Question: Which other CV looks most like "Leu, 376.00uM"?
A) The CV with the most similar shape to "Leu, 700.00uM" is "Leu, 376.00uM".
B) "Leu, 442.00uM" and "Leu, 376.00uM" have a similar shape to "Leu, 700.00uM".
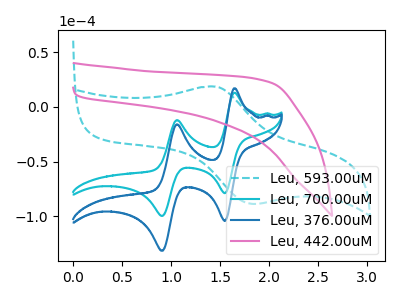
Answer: <think>The cyan dashed curve "Leu, 593.00uM" has an anodic peak at (1.45V, 18.40uA) and a cathodic peak at (1.85V, -88.80uA). The cyan curve "Leu, 700.00uM" has anodic peaks at (1.65V, 12.75uA) (1.05V, -12.20uA) and cathodic peaks at (1.55V, -78.90uA) (0.90V, -99.70uA). The blue curve "Leu, 376.00uM" has anodic peaks at (1.65V, 16.80uA) (1.05V, -16.10uA) and cathodic peaks at (1.55V, -104.10uA) (0.90V, -131.55uA). The pink curve "Leu, 442.00uM" has no peaks.
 "Leu, 593.00uM" and "Leu, 700.00uM" have a different number of peaks. "Leu, 593.00uM" and "Leu, 376.00uM" have a different number of peaks. "Leu, 593.00uM" and "Leu, 442.00uM" have a different number of peaks. All the peaks in "Leu, 700.00uM" have a peak in "Leu, 376.00uM" at the same potential. "Leu, 700.00uM" and "Leu, 442.00uM" have a different number of peaks. "Leu, 376.00uM" and "Leu, 442.00uM" have a different number of peaks.</think>
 <answer>A) The CV with the most similar shape to "Leu, 700.00uM" is "Leu, 376.00uM".</answer>
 <eval>A</eval>